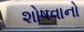
શોષવાનો